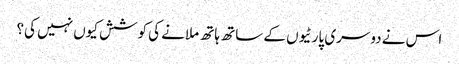
اس نے دوسری پارٹیوں کے ساتھ ہاتھ ملانے کی کوشش کیوں نہیں کی؟